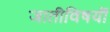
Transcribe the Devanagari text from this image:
जातीविषयीं